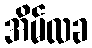
အိမ်လခ